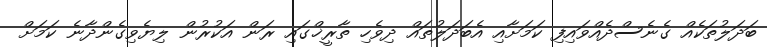
ބަދަލުތަކެއް ގެނެސްދެއްވައިފި ކަމަށާއި އެބަދަލުތައް ދިވެހި ތާރީޚްގައި ރަން އަކުރުން ލިޔެވިގެންދާނެ ކަމަށް